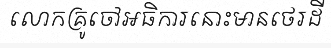
លោកគ្រូចៅអធិការនោះមានថេរដី